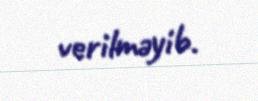
verilməyib.